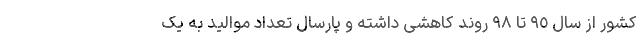
کشور از سال ٩٥ تا ٩٨ روند کاهشی داشته و پارسال تعداد موالید به یک